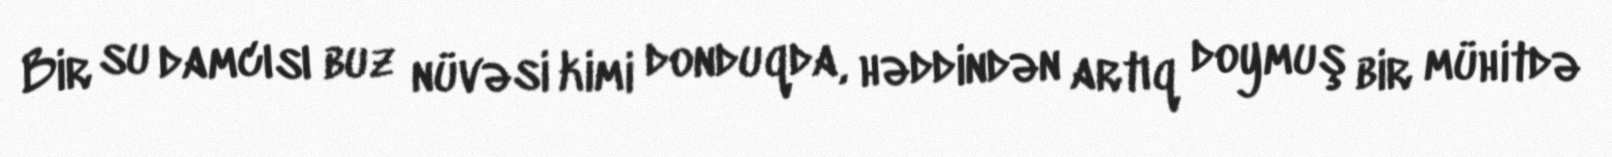
Bir su damcısı buz nüvəsi kimi donduqda, həddindən artıq doymuş bir mühitdə